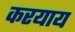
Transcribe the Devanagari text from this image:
करयाय